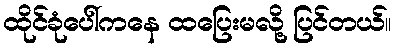
ထိုင်ခုံပေါ်ကနေ ထပြေးမလို့ ပြင်တယ်။